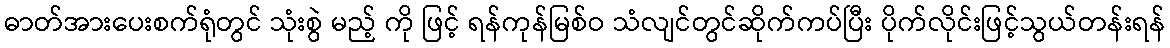
ဓာတ်အားပေးစက်ရုံတွင် သုံးစွဲ မည့် ကို ဖြင့် ရန်ကုန်မြစ်ဝ သံလျင်တွင်ဆိုက်ကပ်ပြီး ပိုက်လိုင်းဖြင့်သွယ်တန်းရန်